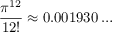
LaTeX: { \frac { \pi ^ { 1 2 } } { 1 2 ! } } \approx 0 . 0 0 1 9 3 0 \ldots